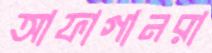
আফাগানরা